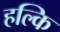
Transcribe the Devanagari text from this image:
हल्कि